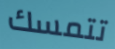
تتمسك